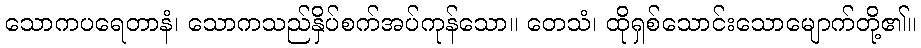
သောကပရေတာနံ၊ သောကသည်နှိပ်စက်အပ်ကုန်သော။ တေသံ၊ ထိုရှစ်သောင်းသောမျောက်တို့၏။